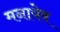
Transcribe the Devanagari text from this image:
मनायेब